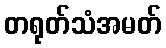
တရုတ်သံအမတ်